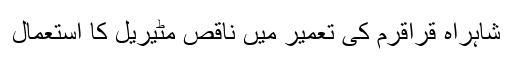
شاہراہ قراقرم کی تعمیر میں ناقص مٹیریل کا استعمال